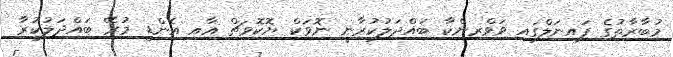
މުބާރާތުގެ ފައިނަލްގައި ވަވްރިންކާ ބައްދަލުކުރާނީ ނޮވަކް ޔޮކޮވިޗް އާއި އެންޑީ މުރޭ ބައްދަލުކުރާ